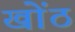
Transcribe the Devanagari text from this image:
खोंठ